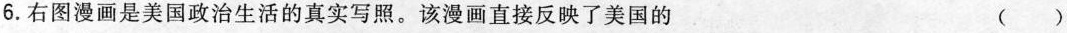
6.右图漫画是美国政治生活的真实写照。该漫画直接反映了美国的 ( )